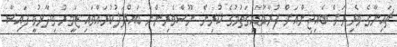
ޗައިނާގެ ވެރިރަށް ބެއިޖިންއަށް ފުރާވަޑައިގަތުމުގެ ކުރިން ނޫސްވެރިންނާ ބައްދަލުކުރައްވައި ޒަމީރު ވިދާޅުވީ ފައިސާ